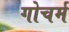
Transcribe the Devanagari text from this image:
गोचर्म